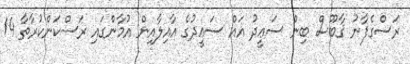
ރަސްގެފާނު ޤާބޫސް ބިން ސަޢީދު އައް ސަޢީދުގެ އާއިލާއިން އުމާންގައި ރަސްކަންކުރާތާ 14